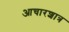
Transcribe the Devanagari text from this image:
आचारशात्र